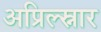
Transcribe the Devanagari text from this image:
अप्रिल्स्नार